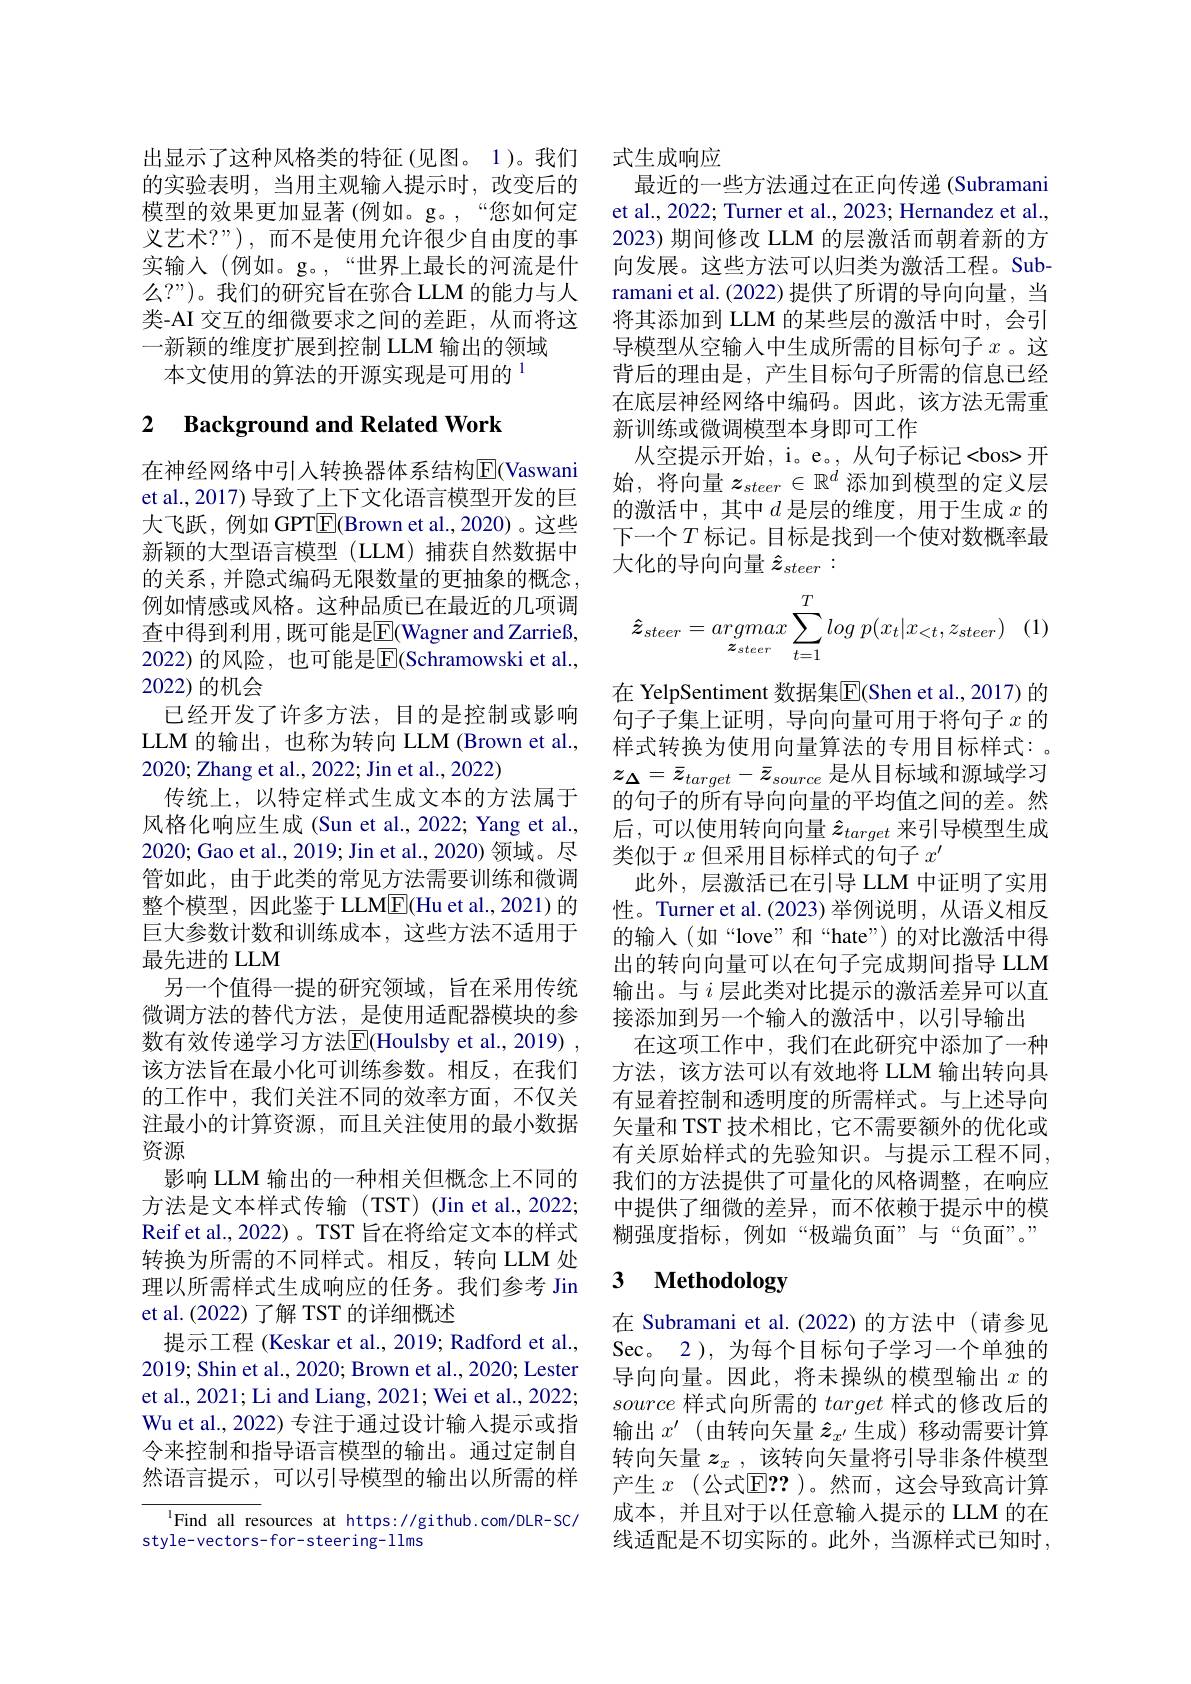
出显示了这种风格类的特征(见图。1)。我们的实验表明，当用主观输入提示时，改变后的模型的效果更加显著(例如。g。,“您如何定义艺术？"),而不是使用允许很少自由度的事实输入 (例如。g。,“世界上最长的河流是什么？”)。我们的研究旨在弥合 LLM 的能力与人类-AI 交互的细微要求之间的差距，从而将这一新颖的维度扩展到控制 LLM 输出的领域
本文使用的算法的开源实现是可用的$^{1}$

# 2 Background and Related Work

在神经网络中引入转换器体系结构$\overline{\mathrm{E}}($Vaswani et al., 2017) 导致了上下文化语言模型开发的巨大飞跃，例如 GPTE(Brown et al.,2020)。这些新颖的大型语言模型(LLM)捕获自然数据中的关系，并隐式编码无限数量的更抽象的概念， 例如情感或风格。这种品质已在最近的几项调查中得到利用 ,既可能是$\overline{\mathrm{E}}($Wagner and Zarrieß, 2022)的风险，也可能是$\overline{\mathrm{E}}($Schramowski et al., 2022)的机会
已经开发了许多方法，目的是控制或影响LLM 的输出，也称为转向 LLM (Brown et al., 2020; Zhang et al., 2022; Jin et al., 2022)
传统上，以特定样式生成文本的方法属于风格化响应生成(Sun et al., 2022; Yang et al., 2020; Gao et al., 2019; Jin et al., 2020) 领域。尽管如此，由于此类的常见方法需要训练和微调整个模型，因此鉴于 LLM$\boxed{\mathrm{F}}($Hu et al.,2021)的巨大参数计数和训练成本，这些方法不适用于最先进的 LLM
另一个值得一提的研究领域，旨在采用传统微调方法的替代方法，是使用适配器模块的参数有效传递学习方法$\overline{\mathrm{E}}($Houlsby et al., 2019) , 该方法旨在最小化可训练参数。相反，在我们的工作中，我们关注不同的效率方面，不仅关注最小的计算资源，而且关注使用的最小数据资源
影响 LLM 输出的一种相关但概念上不同的方法是文本样式传输(TST)(Jinet al.,2022; Reif et al., 2022) 。TST 旨在将给定文本的样式转换为所需的不同样式。相反，转向 LLM 处理以所需样式生成响应的任务。我们参考 Jin et al.(2022)了解 TST 的详细概述
提示工程 (Keskar et al., 2019; Radford et al., 2019; Shin et al., 2020; Brown et al., 2020; Lester et al., 2021; Li and Liang, 2021; Wei et al., 2022; Wu et al., 2022) 专注于通过设计输入提示或指令来控制和指导语言模型的输出。通过定制自然语言提示，可以引导模型的输出以所需的样
$^{1}$Find all resources at https://github.com/DLR-SC/

style-vectors-for-steering-1lms

式生成响应
最近的一些方法通过在正向传递 (Subramani et al., 2022; Turner et al., 2023; Hernandez et al. 2023)期间修改 LLM 的层激活而朝着新的方向发展。这些方法可以归类为激活工程。Subramani et al. (2022) 提供了所谓的导向向量，当将其添加到 LLM 的某些层的激活中时，会引导模型从空输入中生成所需的目标句子$x$。这背后的理由是，产生目标句子所需的信息已经在底层神经网络中编码。因此，该方法无需重新训练或微调模型本身即可工作
从空提示开始，i。e。, 从句子标记<bos>开始，将向量$z_steer\in\mathbb{R}^d$添加到模型的定义层的激活中，其中$d$是层的维度，用于生成$x$的下一个$T$ 标记。目标是找到一个使对数概率最大化的导向向量$\hat{z}_{steer}:$
$$\boldsymbol{\hat{z}}_{steer}=argmax\sum\limits_{\boldsymbol{z}_{steer}}^Tlog\:p(x_t|x_{<t},z_{steer})$$
在 YelpSentiment 数据集$\overline{\mathrm{E}}$(Shen et al.,2017) 的句子子集上证明，导向向量可用于将句子$x$的样式转换为使用向量算法的专用目标样式：。$z_{\Delta}=\bar{z}_{target}-\bar{z}_{source}$是从目标域和源域学习的句子的所有导向向量的平均值之间的差。然后，可以使用转向向量$\hat{z}_{target}$ 来引导模型生成类似于$x$但采用目标样式的句子$x^\prime$
此外，层激活已在引导 LLM 中证明了实用性。Turner et al.(2023)举例说明，从语义相反的输入(如“love”和“hate”)的对比激活中得出的转向向量可以在句子完成期间指导 LLM 输出。与$i$层此类对比提示的激活差异可以直接添加到另一个输入的激活中，以引导输出
在这项工作中，我们在此研究中添加了一种方法，该方法可以有效地将 LLM 输出转向具有显着控制和透明度的所需样式。与上述导向矢量和 TST 技术相比，它不需要额外的优化或有关原始样式的先验知识。与提示工程不同， 我们的方法提供了可量化的风格调整，在响应中提供了细微的差异，而不依赖于提示中的模糊强度指标，例如“极端负面”与“负面”。”

# 3 Methodology

在 Subramani et al.(2022)的方法中(请参见Sec。2), 为每个目标句子学习一个单独的导向向量。因此，将未操纵的模型输出$x$的source样式向所需的target样式的修改后的输出$x^\prime$(由转向矢量 $\hat{z}_{x^{\prime}}$ 生成)移动需要计算转向矢量$z_x$ ,该转向矢量将引导非条件模型产生 $x$ (公式$\mathbb{E}??$ )。然而，这会导致高计算成本，并且对于以任意输入提示的 LLM 的在线适配是不切实际的。此外，当源样式已知时，